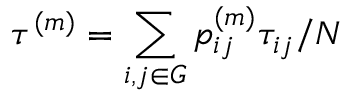
\tau ^ { ( m ) } = \sum _ { i , j \in G } p _ { i j } ^ { ( m ) } \tau _ { i j } / N